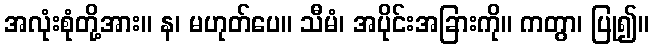
အလုံးစုံတို့အား။ န၊ မဟုတ်ပေ။ သီမံ၊ အပိုင်းအခြားကို။ ကတွာ၊ ပြု၍။